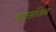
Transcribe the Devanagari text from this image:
कासविन